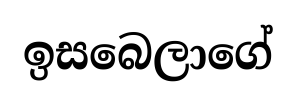
ඉසබෙලාගේ